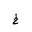
Letter: _kha